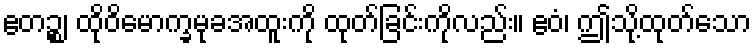
ဧတဉ္စ၊ ထိုဝိမောက္ခမုခအထူးကို ထုတ်ခြင်းကိုလည်း။ ဧဝံ၊ ဤသို့ထုတ်သော